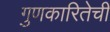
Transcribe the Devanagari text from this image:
गुणकारितेची